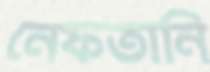
নেফতানি